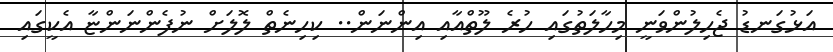
އަޅުގަނޑު ޖެހިލުންވަނީ މިހާލަތުގައި ހުރެ ލޫތްއާއި އިންނަން.. ކިހިނެތް ލޮލަށް ނުފެންނަންޏާ އެކީގައި